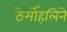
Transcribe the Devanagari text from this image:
ठेर्मोहलिने